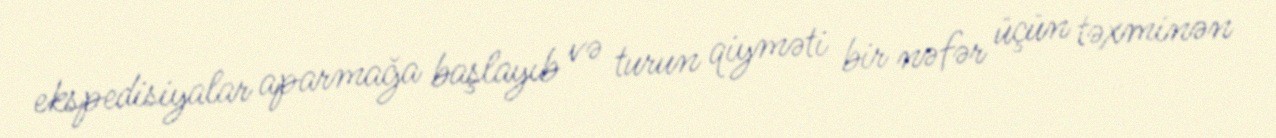
ekspedisiyalar aparmağa başlayıb və turun qiyməti bir nəfər üçün təxminən